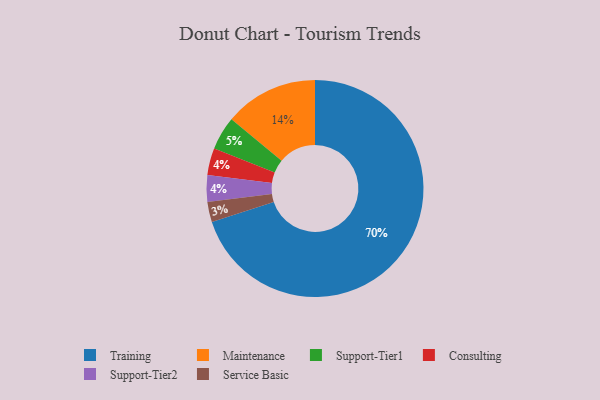
{"axis": {"x": "Category", "y": "Percentage"}, "legend": ["Consulting", "Maintenance", "Service Basic", "Support-Tier1", "Support-Tier2", "Training"], "data": [{"x": "Maintenance", "y": 14, "type": "Maintenance"}, {"x": "Service Basic", "y": 3, "type": "Service Basic"}, {"x": "Support-Tier1", "y": 5, "type": "Support-Tier1"}, {"x": "Consulting", "y": 4, "type": "Consulting"}, {"x": "Training", "y": 70, "type": "Training"}, {"x": "Support-Tier2", "y": 4, "type": "Support-Tier2"}]}